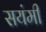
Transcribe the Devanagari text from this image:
सयंमी